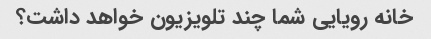
خانه رویایی شما چند تلویزیون خواهد داشت؟